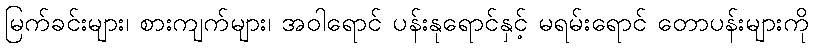
မြက်ခင်းများ၊ စားကျက်များ၊ အဝါရောင် ပန်းနုရောင်နှင့် မရမ်းရောင် တောပန်းများကို